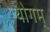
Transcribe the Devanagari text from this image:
योगम्